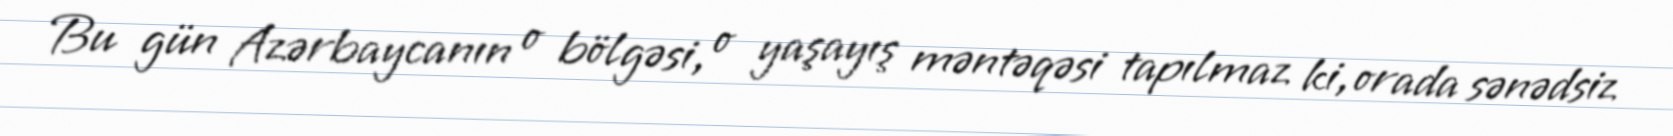
Bu gün Azərbaycanın o bölgəsi, o yaşayış məntəqəsi tapılmaz ki, orada sənədsiz